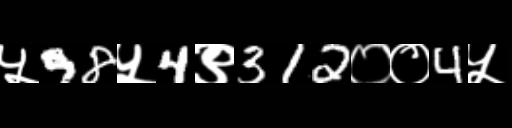
Text: ५98५4९312००4५